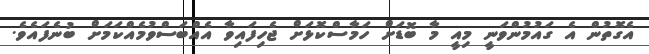
އެގޮތުން އެ ގައުމުންވަނީ މިއީ މާ ބޮޑަށް ހަމާސްކޮޅަށް ޖެހިފައިވާ އެއްބަސްވުމެއްކަމަށް ބުނެފައެވެ.